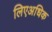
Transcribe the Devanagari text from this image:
लिएअधिक